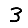
Digit: 3